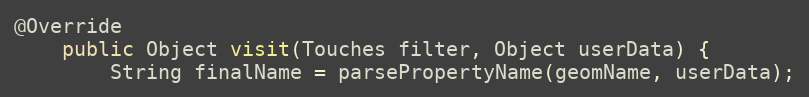
Language: Java
@Override
	public Object visit(Touches filter, Object userData) {
		String finalName = parsePropertyName(geomName, userData);